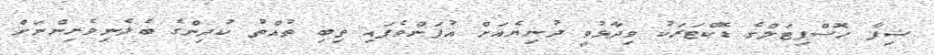
ޝިފާ ހޮސްޕިޓަލްގެ ޑޮކްޓަރަކު ވިދާޅުވީ ދުނިޔެއަށް އުފަންވެފައި ތިބި ތުއްތު ކުދިންގެ ބެލެނިވެރިންނަށް